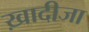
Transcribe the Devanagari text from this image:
ख़ादीजा